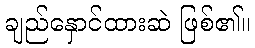
ချည်နှောင်ထားဆဲ ဖြစ်၏။